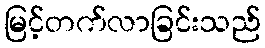
မြင့်တက်လာခြင်းသည်